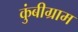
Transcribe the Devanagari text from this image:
कुंबीग्राम